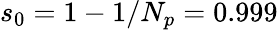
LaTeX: s_{0}=1-1/N_{p}=0.999